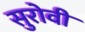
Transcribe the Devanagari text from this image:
सुरोवी